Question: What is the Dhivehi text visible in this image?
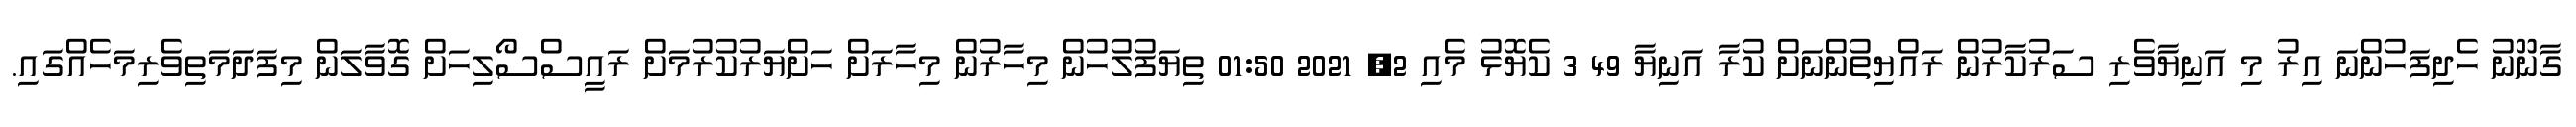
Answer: ގާނޫނު ހެދިފަހުންނަ އިރު މި އަނިޔާވެރި ސަރުކާރުން ރައްޔިތުންނަށް ކުރާ އަނިޔާ 49 3 ކެޔޮޅު މެއި 2, 2021 01:50 ތިޔަފުލުހުން މިހާރުން މިހާރަށް ހަށްޔަރުކުރުމަށް ރައީސްސޯލިހަށް ގޮވާލަން މިފަދަމަތިވެރިމަހެއްގައި.